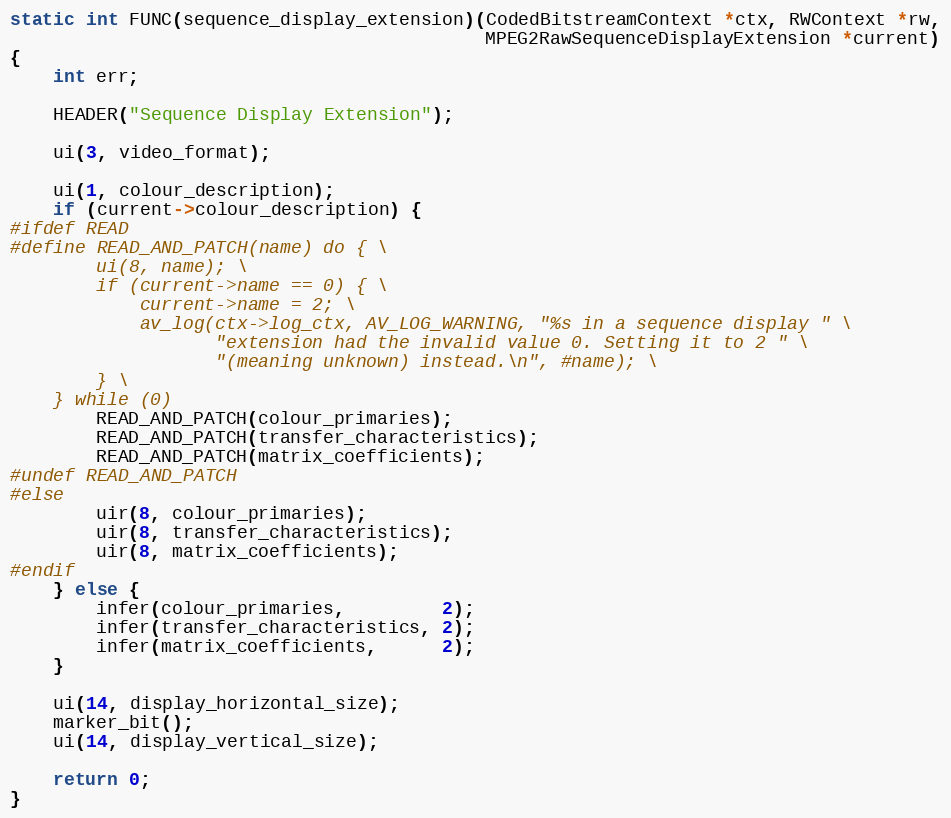
Language: C
static int FUNC(sequence_display_extension)(CodedBitstreamContext *ctx, RWContext *rw,
                                            MPEG2RawSequenceDisplayExtension *current)
{
    int err;

    HEADER("Sequence Display Extension");

    ui(3, video_format);

    ui(1, colour_description);
    if (current->colour_description) {
#ifdef READ
#define READ_AND_PATCH(name) do { \
        ui(8, name); \
        if (current->name == 0) { \
            current->name = 2; \
            av_log(ctx->log_ctx, AV_LOG_WARNING, "%s in a sequence display " \
                   "extension had the invalid value 0. Setting it to 2 " \
                   "(meaning unknown) instead.\n", #name); \
        } \
    } while (0)
        READ_AND_PATCH(colour_primaries);
        READ_AND_PATCH(transfer_characteristics);
        READ_AND_PATCH(matrix_coefficients);
#undef READ_AND_PATCH
#else
        uir(8, colour_primaries);
        uir(8, transfer_characteristics);
        uir(8, matrix_coefficients);
#endif
    } else {
        infer(colour_primaries,         2);
        infer(transfer_characteristics, 2);
        infer(matrix_coefficients,      2);
    }

    ui(14, display_horizontal_size);
    marker_bit();
    ui(14, display_vertical_size);

    return 0;
}